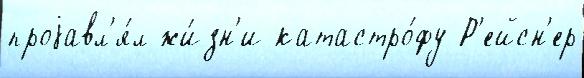
проjавл'я́л жи́зн'и катастро́фу Р'ейсн'ер